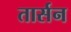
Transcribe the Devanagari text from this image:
तार्सन